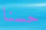
حسنا